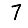
Digit: 7